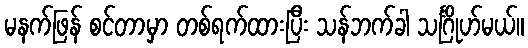
မနက်ဖြန် စင်တာမှာ တစ်ရက်ထားပြီး သန်ဘက်ခါ သင်္ဂြိုဟ်မယ်။